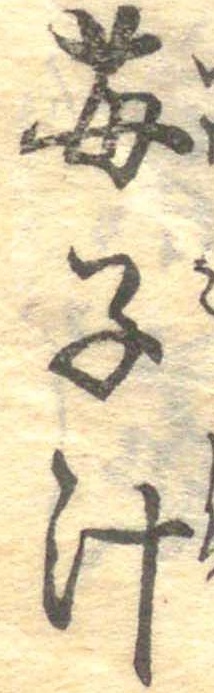
苺子汁